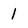
Character: 1